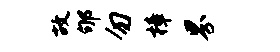
故郇勿樟界